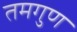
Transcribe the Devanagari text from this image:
तमगुण